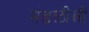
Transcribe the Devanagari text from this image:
मंडळीन्नी